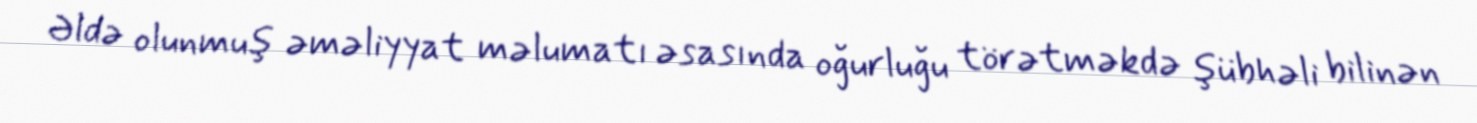
Əldə olunmuş əməliyyat məlumatı əsasında oğurluğu törətməkdə şübhəli bilinən